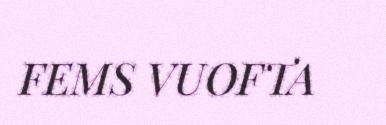
FEMS VUOFTA